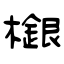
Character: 檭